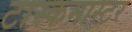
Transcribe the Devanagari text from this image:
टास्कमास्टर